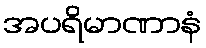
အပရိမာဏာနံ